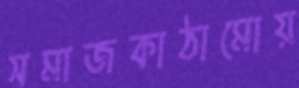
সমাজকাঠামোয়